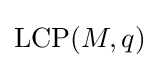
\mathrm {LCP} (M,q)